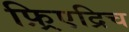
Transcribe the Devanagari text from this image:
फ़्रिएद्रिच